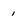
Character: 1